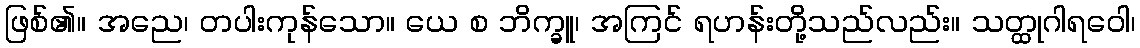
ဖြစ်၏။ အညေ၊ တပါးကုန်သော။ ယေ စ ဘိက္ခူ၊ အကြင် ရဟန်းတို့သည်လည်း။ သတ္ထုဂါရဝေါ၊